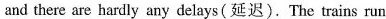
and there are hardly any delays(延迟).The trains run